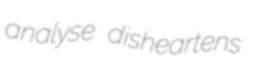
analyse disheartens